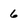
Character: 6